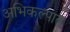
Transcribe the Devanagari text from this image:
अभिकल्पात